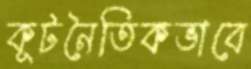
কূটনৈতিকভাবে